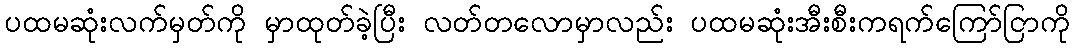
ပထမဆုံးလက်မှတ်ကို မှာထုတ်ခဲ့ပြီး လတ်တလောမှာလည်း ပထမဆုံးအီးစီးကရက်ကြော်ငြာကို